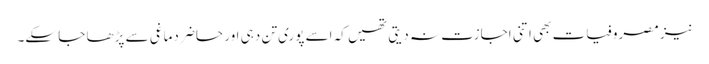
نیز مصروفیات بھی اتنی اجازت نہ دیتی تھیں کہ اسے پوری تن دہی اور حاضر دماغی سے پڑھا جا سکے۔